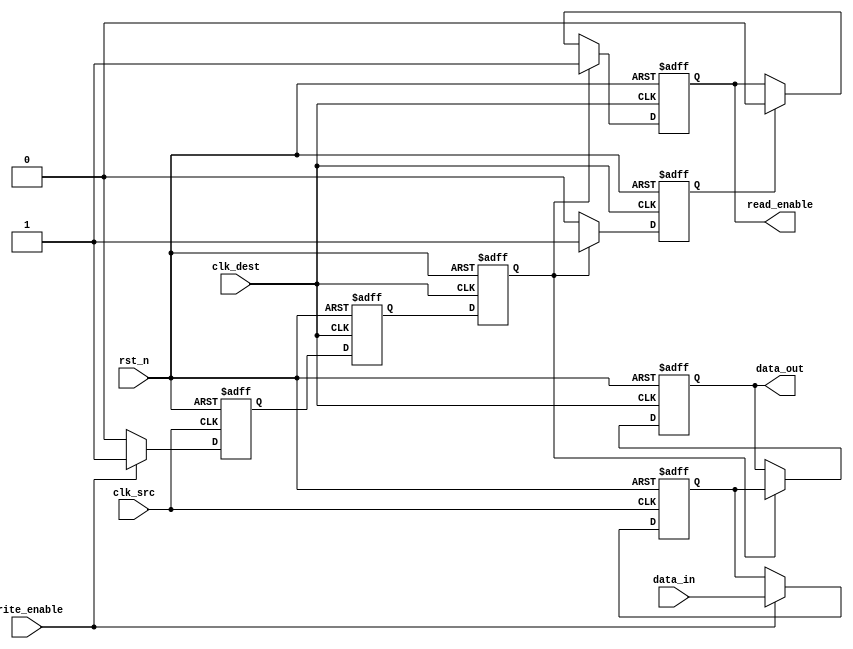
module mb_handshake_synchronizer (
    input wire clk_src,
    input wire clk_dest,
    input wire rst_n,   // Active low reset
    input wire data_in,
    input wire write_enable,
    
    output reg data_out,
    output reg read_enable
);

// Internal signals
reg data_ready;
reg ack;
reg data_latched;

// Synchronization flip-flops for data_ready and ack
reg data_ready_sync1;
reg data_ready_sync2;
reg ack_sync1;
reg ack_sync2;

// Latch the data and write_enable
always @(posedge clk_src or negedge rst_n) begin
    if (!rst_n) begin
        data_latched <= 1'b0;
    end else if (write_enable) begin
        data_latched <= data_in;  // Capture data on write_enable
    end
end

// Generating data_ready signal
always @(posedge clk_src or negedge rst_n) begin
    if (!rst_n) begin
        data_ready <= 1'b0;
    end else if (write_enable) begin
        data_ready <= 1'b1; // Indicate new data is available
    end else begin
        data_ready <= 1'b0; // Reset data_ready
    end
end

// Synchronizing the data_ready signal to clk_dest
always @(posedge clk_dest or negedge rst_n) begin
    if (!rst_n) begin
        data_ready_sync1 <= 1'b0;
        data_ready_sync2 <= 1'b0;
    end else begin
        data_ready_sync1 <= data_ready; // First stage
        data_ready_sync2 <= data_ready_sync1; // Second stage
    end
end

// Transferring latched data and managing read_enable
always @(posedge clk_dest or negedge rst_n) begin
    if (!rst_n) begin
        data_out <= 1'b0;
        read_enable <= 1'b0;
        ack <= 1'b0;
    end else if (data_ready_sync2) begin
        data_out <= data_latched; // Transfer data
        read_enable <= 1'b1; // Indicate data is ready to read
        ack <= 1'b1; // Acknowledge data received
    end else if (ack) begin
        read_enable <= 1'b0; // Clear read_enable after acknowledgment
        ack <= 1'b0; // Reset ack signal
    end
end

endmodule